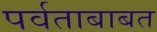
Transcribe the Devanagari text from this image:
पर्वताबाबत